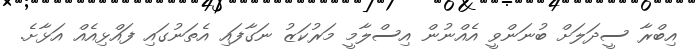
އިބްރާ ސީދަލަށް ބުނަންވީ އެއްނުން އިސްލާމީ މަރުކަޒު ނަގާފައި އެތަނުގައި ފައްޅިއެއް އަޅާށެ.